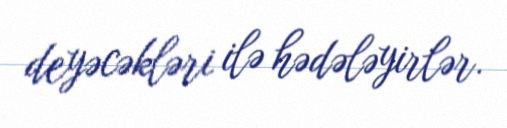
deyəcəkləri ilə hədələyirlər.